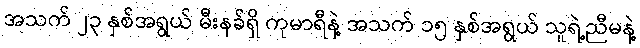
အသက် ၂၃ နှစ်အရွယ် မီးနခ်ရှိ ကုမာရီနဲ့ အသက် ၁၅ နှစ်အရွယ် သူရဲ့ညီမနဲ့